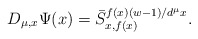
\begin{align*}D_{\mu,x}\Psi(x)=\bar{S}^{f(x)(w-1)/d^{\mu}x}_{x,f(x)}.\end{align*}